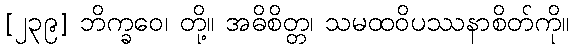
[၂၃၉] ဘိက္ခဝေ၊ တို့။ အဓိစိတ္တ၊ သမထဝိပဿနာစိတ်ကို။